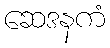
ဆေဒနကံ